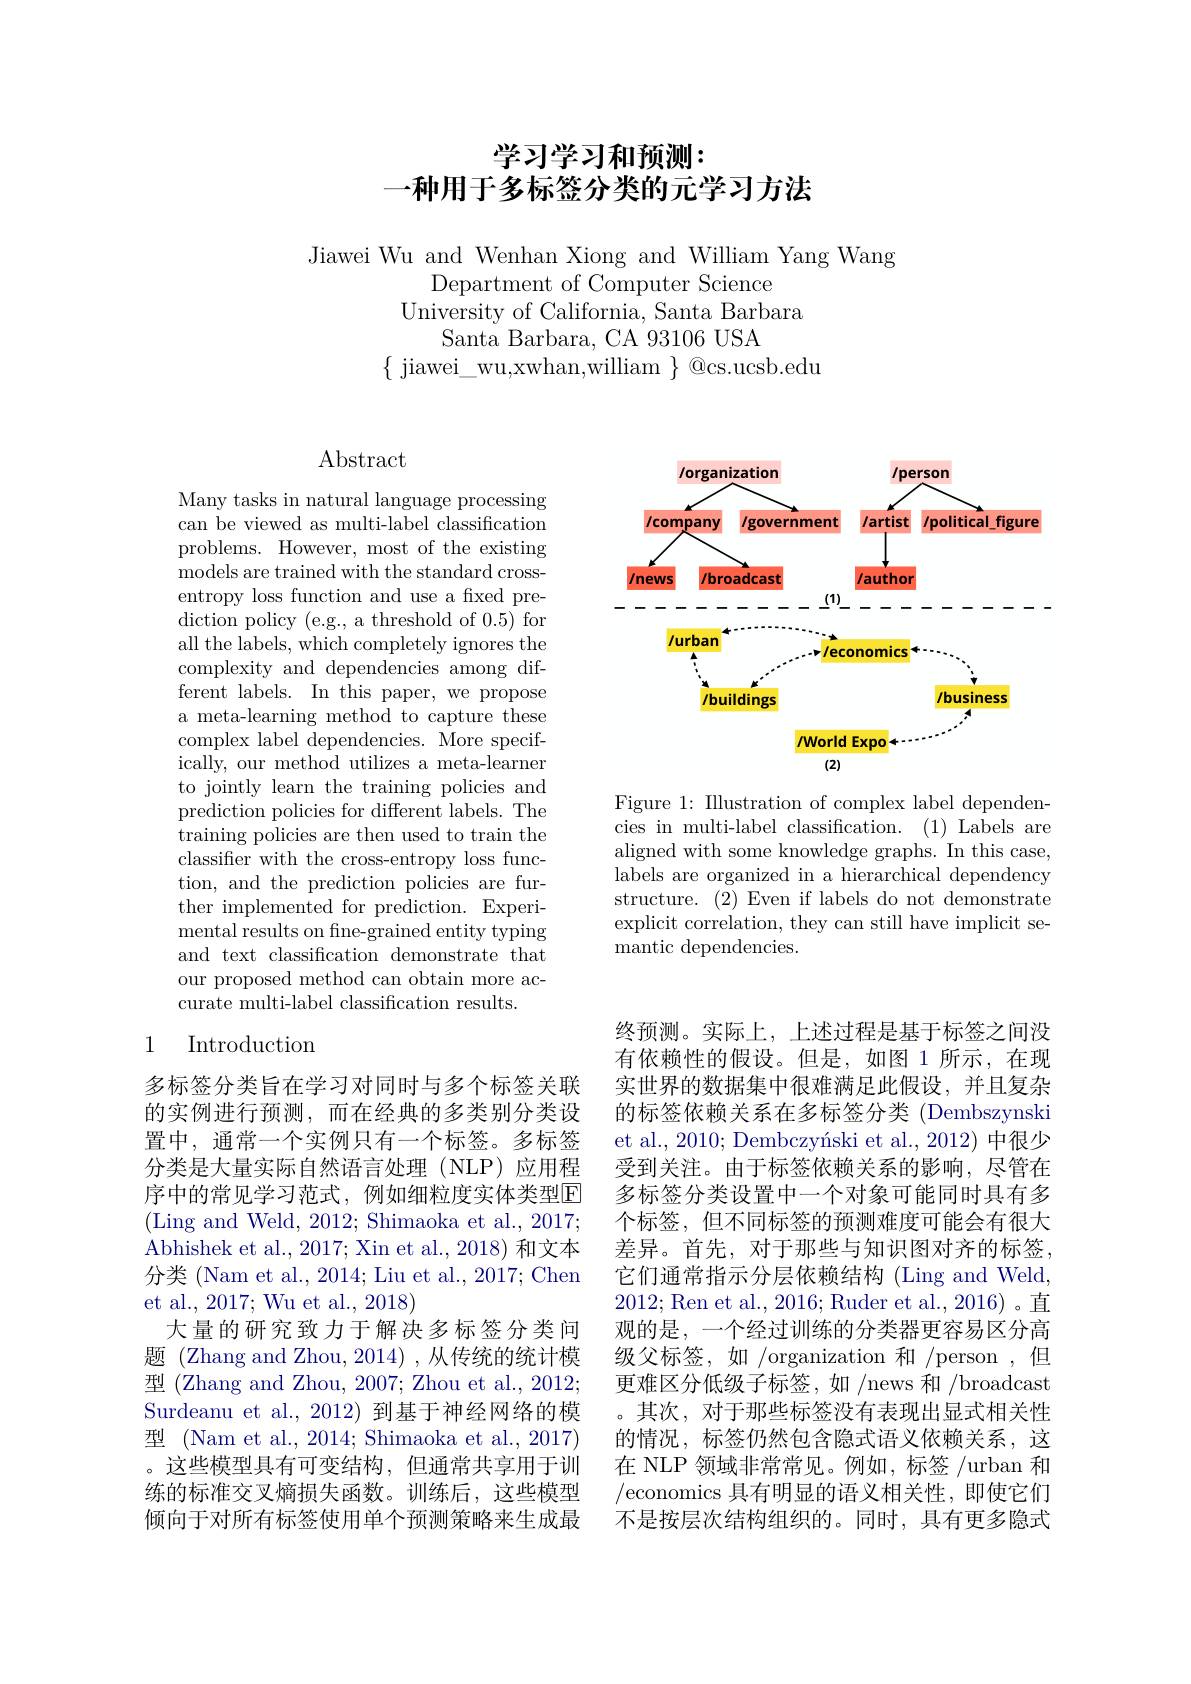
# 学习学习和预测： 一种用于多标签分类的元学习方法

Jiawei Wu and Wenhan Xiong and William Yang Wang
Department of Computer Science
University of California, Santa Barbara
Santa Barbara, CA 93106 USA
$\{$ jiawei\_wu,xwhan,william$\}$@cs.ucsb.edu

## $\operatorname{Abstract}$

Many tasks in natural language processing can be viewed as multi-label classification problems. However, most of the existing models are trained with the standard crossentropy loss function and use a fixed prediction policy (e.g., a threshold of 0.5) for all the labels, which completely ignores the complexity and dependencies among different labels. In this paper, we propose a meta-learning method to capture these complex label dependencies. More specifically, our method utilizes a meta-learner to jointly learn the training policies and prediction policies for different labels. The training policies are then used to train the classifier with the cross-entropy loss function, and the prediction policies are further implemented for prediction. Experi- ${\mathrm{mental~results~on~fine-grained~entity~typing}}$ and text classification demonstrate that our proposed method can obtain more accurate multi-label classification results.

## 1 Introduction

多标签分类旨在学习对同时与多个标签关联的实例进行预测，而在经典的多类别分类设置中，通常一个实例只有一个标签。多标签分类是大量实际自然语言处理(NLP)应用程序中的常见学习范式，例如细粒度实体类型E (Ling and Weld, 2012; Shimaoka et al., 2017; Abhishek et al., 2017; Xin et al., 2018) 和文本分类 (Nam et al., 2014; Liu et al., 2017; Chen et al., 2017; Wu et al., 2018)
大量的研究致力于解决多标签分类问题 (Zhang and Zhou, 2014) ,从传统的统计模型 (Zhang and Zhou, 2007; Zhou et al., 2012; Surdeanu et al.,2012) 到基于神经网络的模型 (Nam et al., 2014; Shimaoka et al., 2017) 。这些模型具有可变结构，但通常共享用于训练的标准交叉熵损失函数。训练后，这些模型倾向于对所有标签使用单个预测策略来生成最

<FigureHere>

Figure 1: Illustration of complex label dependencies in multi-label classification. (1) Labels are aligned with some knowledge graphs. In this case, labels are organized in a hierarchical dependency structure. (2) Even if labels do not demonstrate explicit correlation, they can still have implicit semantic dependencies.

终预测。实际上，上述过程是基于标签之间没有依赖性的假设。但是，如图 1 所示，在现实世界的数据集中很难满足此假设，并且复杂的标签依赖关系在多标签分类 (Dembszynski et al., 2010; Dembczynski et al., 2012) 中很少受到关注。由于标签依赖关系的影响，尽管在多标签分类设置中一个对象可能同时具有多个标签，但不同标签的预测难度可能会有很大差异。首先，对于那些与知识图对齐的标签它们通常指示分层依赖结构 (Ling and Weld, 2012;Ren et al., 2016; Ruder et al., 2016)。直观的是，一个经过训练的分类器更容易区分高级父标签，如 /organization 和 /person ,但更难区分低级子标签，如/news 和 /broadcast 。其次，对于那些标签没有表现出显式相关性的情况，标签仍然包含隐式语义依赖关系，这在 NLP 领域非常常见。例如，标签 /urban 和/economics 具有明显的语义相关性，即使它们不是按层次结构组织的。同时，具有更多隐式